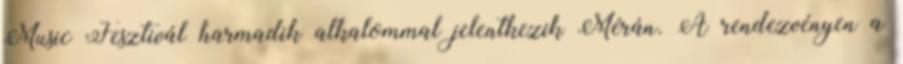
Music Fesztivál harmadik alkalommal jelentkezik Mérán. A rendezvényen a